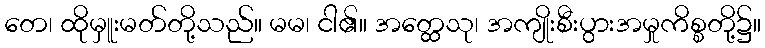
တေ၊ ထိုမှူးမတ်တို့သည်။ မမ၊ ငါ၏။ အတ္ထေသု၊ အကျိုးစီးပွားအမှုကိစ္စတို့၌။